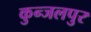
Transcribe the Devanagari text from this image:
कुन्जलपुर